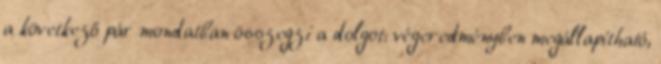
a következő pár mondatban összegzi a dolgot: végeredményben megállapítható,